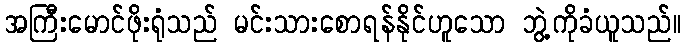
အကြီးမောင်ဖိုးရုံသည် မင်းသားစောရန်နိုင်ဟူသော ဘွဲ့ကိုခံယူသည်။